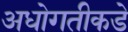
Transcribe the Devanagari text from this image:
अधोगतीकडे